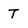
Character: T